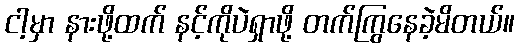
ငါ့မှာ နားဖို့ထက် နင့်ကိုပဲရှာဖို့ တက်ကြွနေခဲ့မိတယ်။